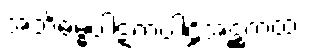
အဘိဓမ္ဓပါဋကပါဠိအဋ္ဌကထာ